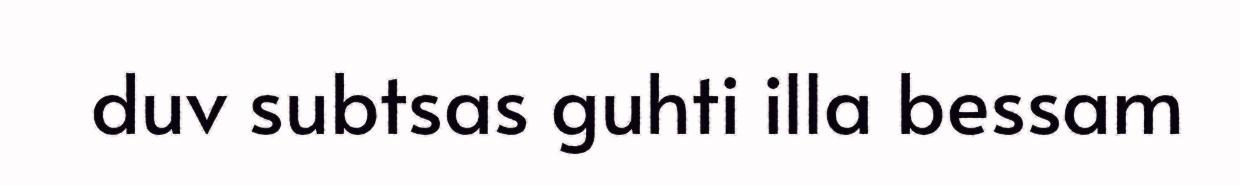
duv subtsas guhti illa bessam